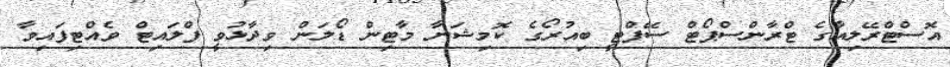
އޮސްޓްރޭލިއާގެ ޓްރާންސްޕޯޓް ސޭފްޓީ ބިއުރޯގެ ކޮމިޝަނާ މާޓިން ޑޯލަން ވިދާޅުވީ ފްލައިޓް ވެއްޓިފައިވާ